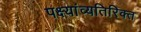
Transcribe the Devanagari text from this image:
पक्ष्यांव्यतिरिक्त